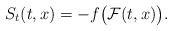
LaTeX: \begin{align*}S_t(t,x) = -f\big({\cal F}(t,x)\big).\end{align*}